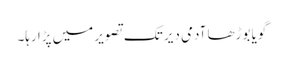
گویا بوڑھا آدمی دیر تک تصویر میں پڑا رہا۔